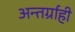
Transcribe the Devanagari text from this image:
अन्तर्ग्राही